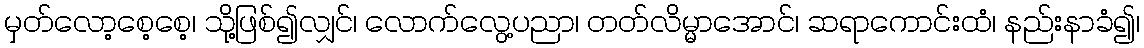
မှတ်လော့စေ့စေ့၊ သို့ဖြစ်၍လျှင်၊ လောက်လွေ့ပညာ၊ တတ်လိမ္မာအောင်၊ ဆရာကောင်းထံ၊ နည်းနာခံ၍၊